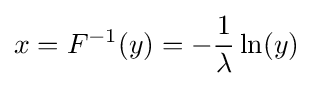
x=F^{-1}(y)=-{\frac {1}{\lambda }}\ln(y)